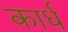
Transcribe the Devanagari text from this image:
कार्ध